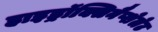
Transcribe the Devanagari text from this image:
हाइड्रॉक्सिनैप्शेलेट